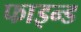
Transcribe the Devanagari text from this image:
फाइन्ड